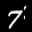
Label: 7